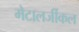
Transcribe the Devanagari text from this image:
मेटालर्जीकल